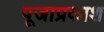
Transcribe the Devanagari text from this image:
पूजाप्रकाश